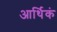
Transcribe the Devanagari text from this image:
आर्थिकं